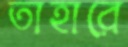
তাহারে